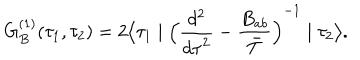
G _ { B } ^ { ( 1 ) } ( \tau _ { 1 } , \tau _ { 2 } ) = 2 \bigl \langle \tau _ { 1 } \mid { \Bigl ( { \frac { d ^ { 2 } } { { d \tau } ^ { 2 } } } - { \frac { B _ { a b } } { \bar { T } } } \Bigl ) } ^ { - 1 } \mid \tau _ { 2 } \bigr \rangle .